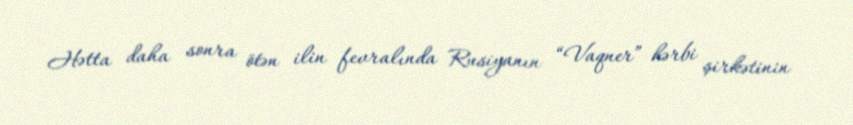
Hətta daha sonra ötən ilin fevralında Rusiyanın “Vaqner” hərbi şirkətinin